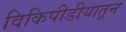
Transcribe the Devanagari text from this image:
विकिपीडीयातून